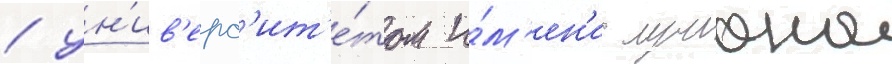
/ ун'ив'ерс'ит'е́том и́м'ен'и лучиана